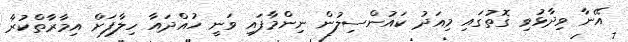
އޭނާ ވިދާޅުވި ގޮތުގައި މިއަދު ކައުންސިލުން ނިންމާފައި ވަނީ ހުއްދައާ ހިލާފަށް އިމާރާތްކުރާ